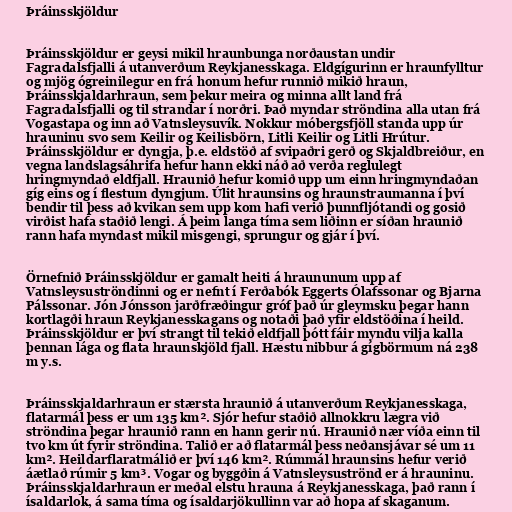
Þráinsskjöldur

Þráinsskjöldur er geysi mikil hraunbunga norðaustan undir
Fagradalsfjalli á utanverðum Reykjanesskaga. Eldgígurinn er hraunfylltur
og mjög ógreinilegur en frá honum hefur runnið mikið hraun,
Þráinsskjaldarhraun, sem þekur meira og minna allt land frá
Fagradalsfjalli og til strandar í norðri. Það myndar ströndina alla utan frá
Vogastapa og inn að Vatnsleysuvík. Nokkur móbergsfjöll standa upp úr
hrauninu svo sem Keilir og Keilisbörn, Litli Keilir og Litli Hrútur.
Þráinsskjöldur er dyngja, þ.e. eldstöð af svipaðri gerð og Skjaldbreiður, en
vegna landslagsáhrifa hefur hann ekki náð að verða reglulegt
hringmyndað eldfjall. Hraunið hefur komið upp um einn hringmyndaðan
gíg eins og í flestum dyngjum. Úlit hraunsins og hraunstraumanna í því
bendir til þess að kvikan sem upp kom hafi verið þunnfljótandi og gosið
virðist hafa staðið lengi. Á þeim langa tíma sem liðinn er síðan hraunið
rann hafa myndast mikil misgengi, sprungur og gjár í því.

Örnefnið Þráinsskjöldur er gamalt heiti á hraununum upp af
Vatnsleysuströndinni og er nefnt í Ferðabók Eggerts Ólafssonar og Bjarna
Pálssonar. Jón Jónsson jarðfræðingur gróf það úr gleymsku þegar hann
kortlagði hraun Reykjanesskagans og notaði það yfir eldstöðina í heild.
Þráinsskjöldur er því strangt til tekið eldfjall þótt fáir myndu vilja kalla
þennan lága og flata hraunskjöld fjall. Hæstu nibbur á gígbörmum ná 238
m y.s.

Þráinsskjaldarhraun er stærsta hraunið á utanverðum Reykjanesskaga,
flatarmál þess er um 135 km². Sjór hefur staðið allnokkru lægra við
ströndina þegar hraunið rann en hann gerir nú. Hraunið nær víða einn til
tvo km út fyrir ströndina. Talið er að flatarmál þess neðansjávar sé um 11
km². Heildarflaratmálið er því 146 km². Rúmmál hraunsins hefur verið
áætlað rúmir 5 km³. Vogar og byggðin á Vatnsleysuströnd er á hrauninu.
Þráinsskjaldarhraun er meðal elstu hrauna á Reykjanesskaga, það rann í
ísaldarlok, á sama tíma og ísaldarjökullinn var að hopa af skaganum.